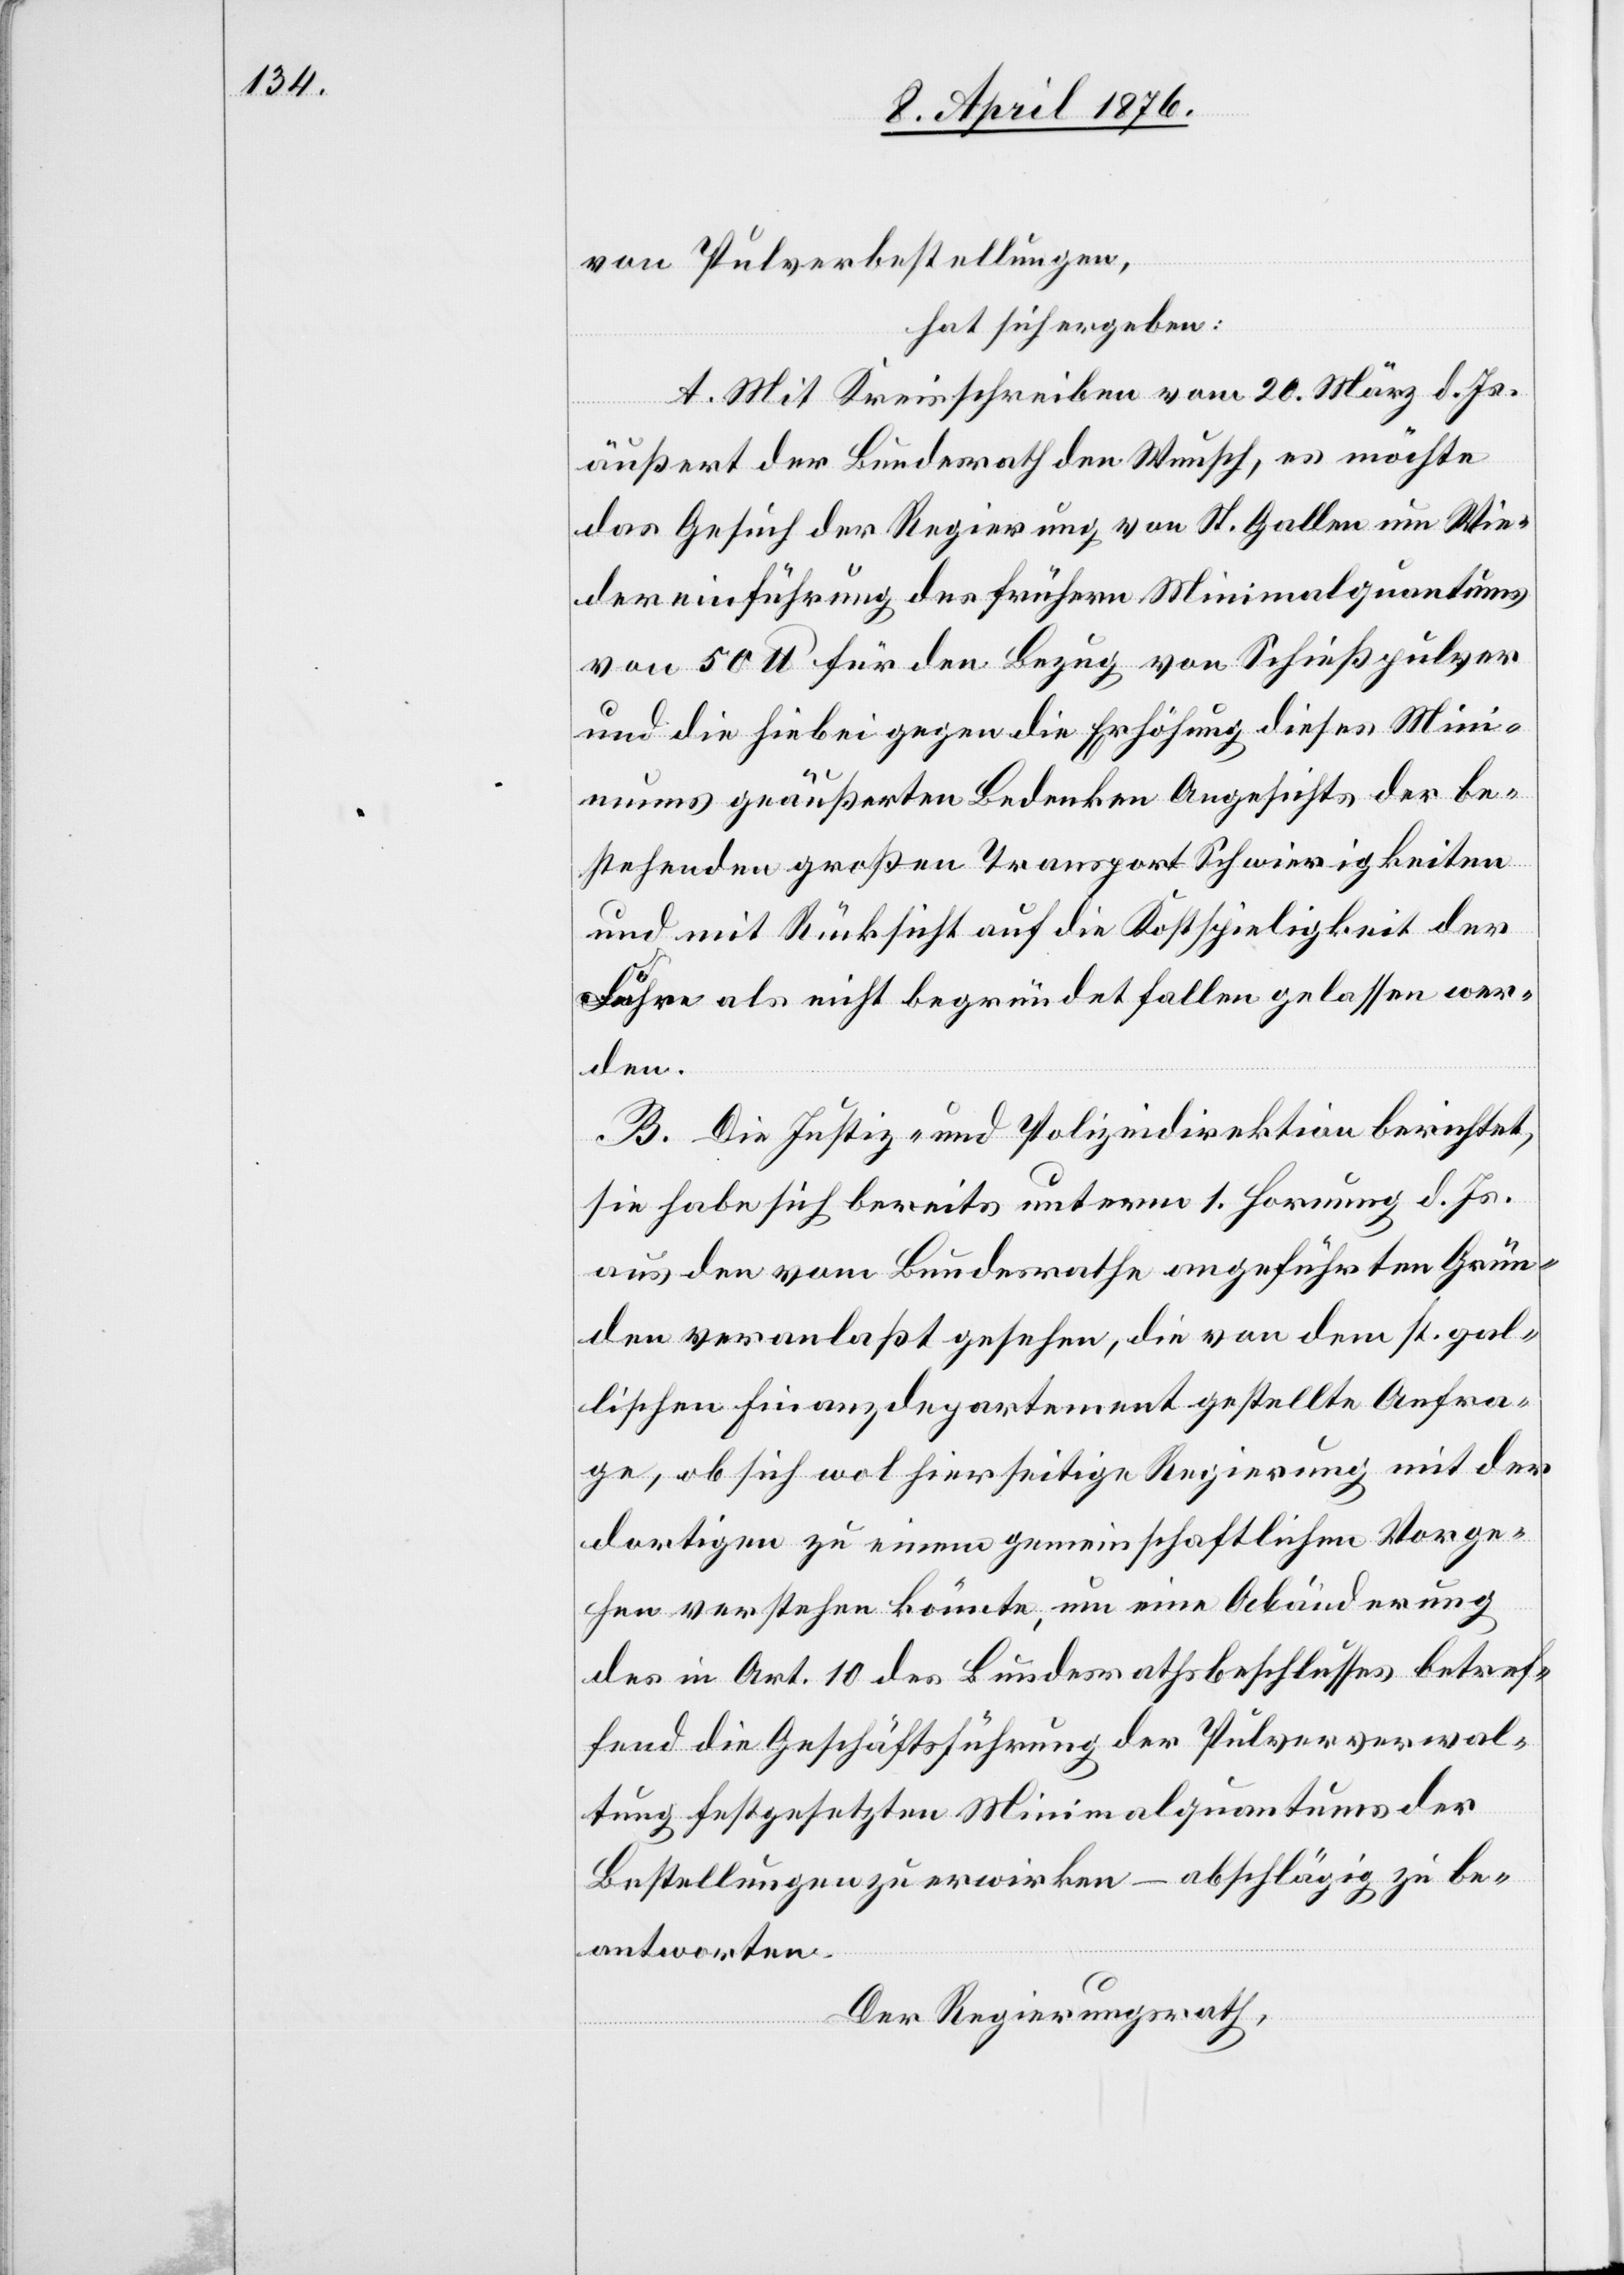
von Pulverbestellungen,
hat sich ergeben:
A. Mit Kreisschreiben vom 20. März d. Js.
äußert der Bundesrath den Wunsch, es möchte
das Gesuch der Regierung von St. Gallen um Wie¬
dereinführung des frühern Minimalquantums
von 50 lb für den Bezug von Schießpulver
und die hiebei gegen die Erhöhung dieses Mini¬
mums geäußerten Bedenken Angesichts der be¬
stehenden großen Transport Schwierigkeiten
und mit Rücksicht auf die Kostspieligkeit der
Fähre als nicht begründet fallen gelassen wer¬
den.
B. Die Justiz- und Polizeidirektion berichtet,
sie habe sich bereits unterm 1. Hornung d. Js.
aus den vom Bundesrathe angeführten Grün¬
den veranlaßt gesehen, die von dem st. gal¬
lischen Finanzdepartement gestellte Anfra¬
ge, ob sich wol hierseitige Regierung mit der
dortigen zu einem gemeinschaftlichen Vorge¬
hen verstehen könne, um eine Abänderung
der in Art. 10 des Bundesrathsbeschlusses betref¬
fend die Geschäftsführung der Pulververwal¬
tung festgesetzten Minimalquantums der
Bestellungen zu erwirken – abschlägig zu be¬
antworten.
Der Regierungsrath,